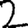
Digit: 2